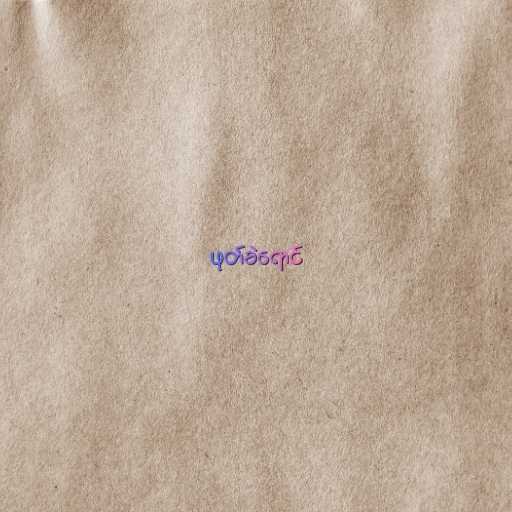
ဖုတ်ခဲရောင်